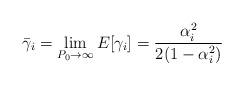
LaTeX: \begin{align*}\bar{\gamma}_i=\lim \limits_{P_0\rightarrow \infty} E[\gamma_i]= \frac{\alpha_i^2}{2(1-\alpha_i^2)}\end{align*}